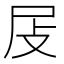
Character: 𡰵